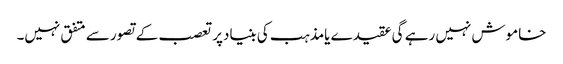
خاموش نہیں رہے گی عقیدے یامذہب کی بنیادپرتعصب کے تصورسے متفق نہیں۔